Civil Veterinary Department Bihar & Orissa reports 1929-36 - 1929-1936
Year: 1929
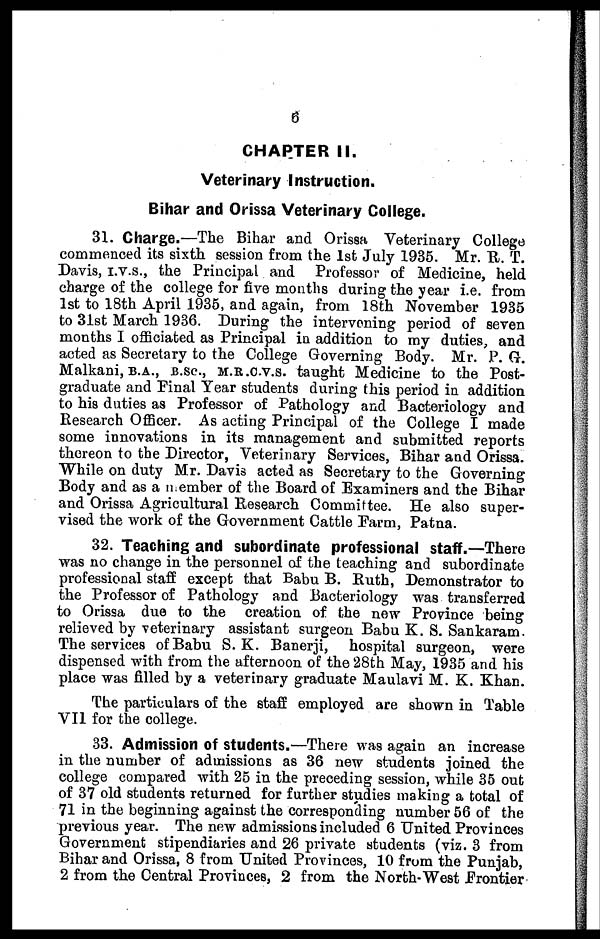
6
CHAPTER II.
Veterinary Instruction.
Bihar and Orissa Veterinary College.
31. Charge.—The Bihar and Orissa Veterinary College
commenced its sixth session from the 1st July 1935. Mr. R. T.
Davis, I.V.S., the Principal and Professor of Medicine, held
charge of the college for five months during the year i.e. from
1st to 18th April 1935, and again, from 18th November 1935
to 31st March 1936. During the intervening period of seven
months I officiated as Principal in addition to my duties, and
acted as Secretary to the College Governing Body. Mr. P. G.
Malkani, B.A., B.SC., M.R.C.V.S. taught Medicine to the Post-
graduate and Final Year students during this period in addition
to his duties as Professor of Pathology and Bacteriology and
Research Officer. As acting Principal of the College I made
some innovations in its management and submitted reports
thereon to the Director, Veterinary Services, Bihar and Orissa.
While on duty Mr. Davis acted as Secretary to the Governing
Body and as a member of the Board of Examiners and the Bihar
and Orissa Agricultural Research Committee. He also super-
vised the work of the Government Cattle Farm, Patna.
32. Teaching and subordinate professional staff.—There
was no change in the personnel of the teaching and subordinate
professional staff except that Babu B. Ruth, Demonstrator to
the Professor of Pathology and Bacteriology was transferred
to Orissa due to the creation of the now Province being
relieved by veterinary assistant surgeon Babu K. S. Sankaram
The services of Babu S. K. Banerji, hospital surgeon, were
dispensed with from the afternoon of the 28th May, 1935 and his
place was filled by a veterinary graduate Maulavi M. K. Khan.
The particulars of the staff employed are shown in Table
VII for the college.
33. Admission of students.—There was again an increase
in the number of admissions as 36 new students joined the
college compared with 25 in the preceding session, while 35 out
of 37 old students returned for further studies making a total of
71 in the beginning against the corresponding number 56 of the
previous year. The new admissions included 6 United Provinces
Government stipendiaries and 26 private students (viz. 3 from
Bihar and Orissa, 8 from United Provinces, 10 from the Punjab,
2 from the Central Provinces, 2 from the North-West Frontier